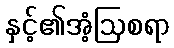
နှင့်၏အံ့ဩစရာ